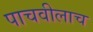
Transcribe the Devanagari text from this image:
पाचवीलाच